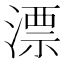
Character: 漂